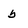
Character: b